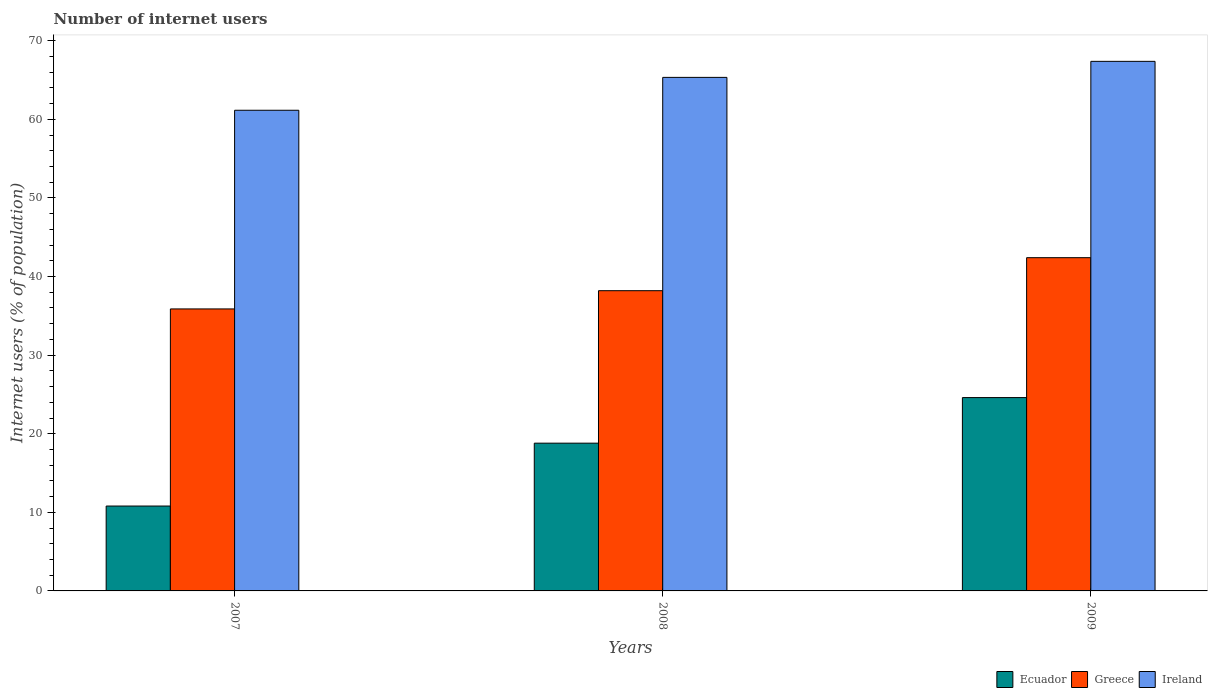
| Years | Ecuador | Greece | Ireland |
 | --- | --- | --- | --- |
 | 2007 | 10.8 | 35.9 | 61.2 |
 | 2008 | 18.8 | 38.2 | 65.3 |
 | 2009 | 24.6 | 42.4 | 67.4 |